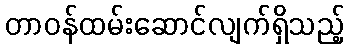
တာဝန်ထမ်းဆောင်လျက်ရှိသည့်